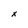
Character: x